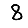
Digit: 8